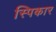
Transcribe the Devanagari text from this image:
स्पिकार